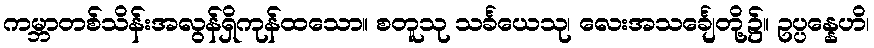
ကမ္ဘာတစ်သိန်းအလွန်ရှိကုန်ထသော။ စတူသု သင်္ခယေသု၊ လေးအသင်္ချေတို့၌။ ဥပ္ပန္နေဟိ၊